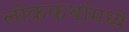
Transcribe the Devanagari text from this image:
लोककथांमध्ये